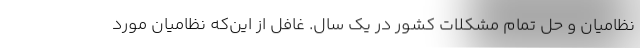
نظامیان و حل تمام مشکلات کشور در یک سال. غافل از این‌که نظامیان مورد